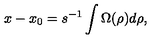
x - x _ { 0 } = s ^ { - 1 } \int \Omega ( \rho ) d \rho ,